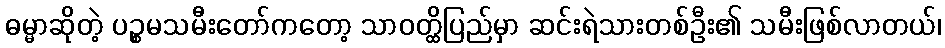
ဓမ္မာဆိုတဲ့ ပဉ္စမသမီးတော်ကတော့ သာဝတ္ထိပြည်မှာ ဆင်းရဲသားတစ်ဦး၏ သမီးဖြစ်လာတယ်၊